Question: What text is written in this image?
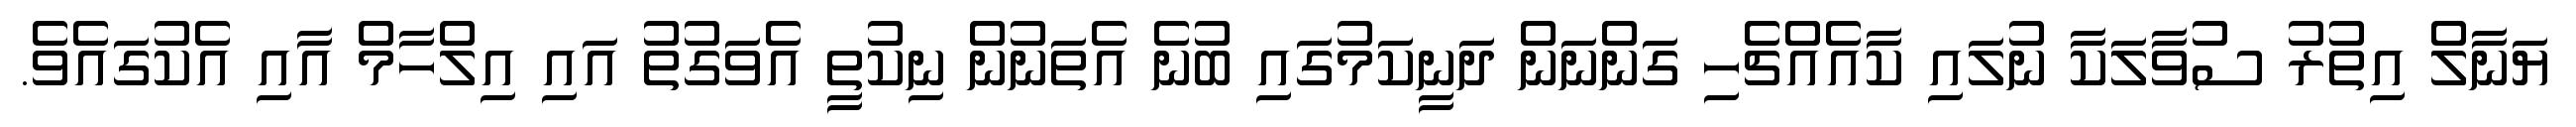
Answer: ޔަނާލް އިތުރު ސުވާލަކާ ނުލައި ކާއެއްޗެހި ގަންނަން ދަނީކަމުގައި ބުނެ އެތަނުން ނިކުތީ އެވަގުތު އައި އިލްހާމް އާއި އެކުގައެވެ.